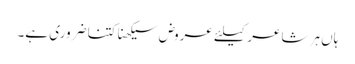
ہاں ہر شاعر کیلئے عروض سیکھنا کتنا ضروری ہے۔